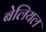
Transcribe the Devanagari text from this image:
बेलियल